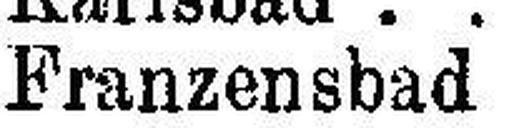
Franzensbad